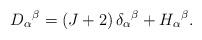
LaTeX: \begin{align*}D_\alpha{}^\beta=(J+2)\,\delta_\alpha{}^\beta+H_\alpha{}^\beta.\end{align*}